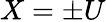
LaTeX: X=\pm U